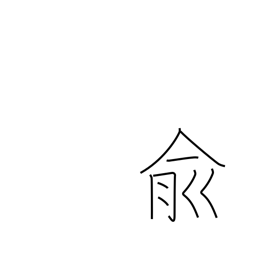
Meaning: affirmative response